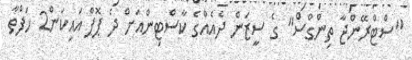
"ސްޓްރޭންޖާ ތިންގްސް" ގެ ސީޒަން ދެއެއްގެ ކާސްޓިންއަށް ދެ ޕޮޕް އައިކަން2 ހަފްތާ